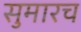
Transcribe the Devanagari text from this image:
सुमारच